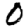
Digit: 0